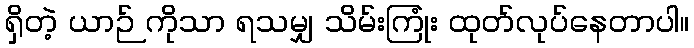
ရှိတဲ့ ယာဉ် ကိုသာ ရသမျှ သိမ်းကြုံး ထုတ်လုပ်နေတာပါ။